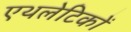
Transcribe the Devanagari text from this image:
एथलेटिकों